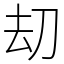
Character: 刧